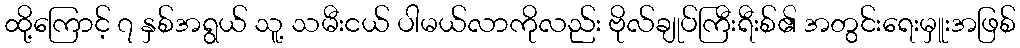
ထို့ကြောင့် ၇ နှစ်အရွယ် သူ့ သမီးငယ် ပါမယ်လာကိုလည်း ဗိုလ်ချုပ်ကြီးရီးစ်၏ အတွင်းရေးမှူးအဖြစ်